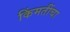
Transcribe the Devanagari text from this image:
किंमतींचा